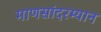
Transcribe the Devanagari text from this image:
माणसांदरम्यान